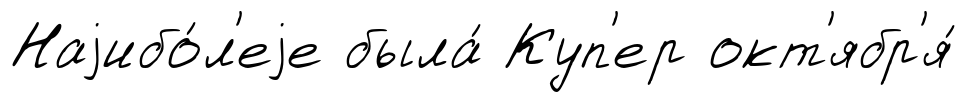
Наjибо́л'еjе была́ Куп'ер окт'ябр'я́